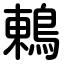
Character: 鶇